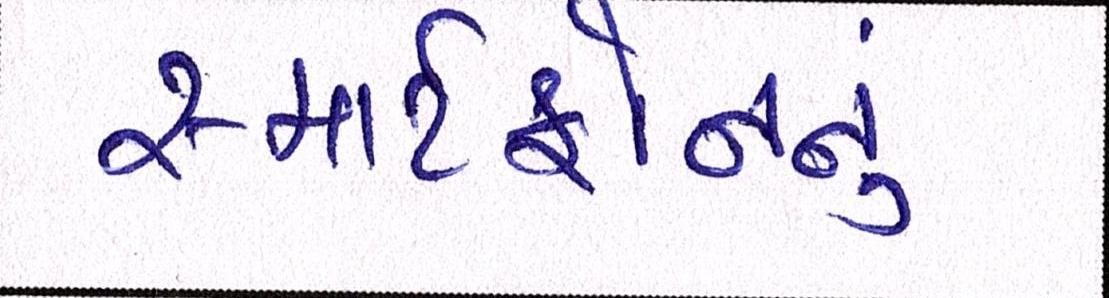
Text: સ્માર્ટફોનનું